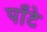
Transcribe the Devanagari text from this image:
पाँटे